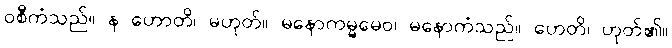
ဝစီကံသည်။ န ဟောတိ၊ မဟုတ်။ မနောကမ္မမေဝ၊ မနောကံသည်။ ဟေတိ၊ ဟုတ်၏။